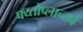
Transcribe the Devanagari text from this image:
फ्य्तोप्लान्क्तों